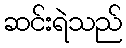
ဆင်းရဲသည်